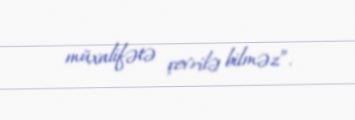
müxalifətə çevrilə bilməz”.